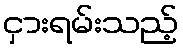
ငှားရမ်းသည့်